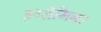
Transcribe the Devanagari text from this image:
इग्ज़ैमिनर